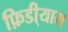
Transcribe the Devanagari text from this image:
फ़िडी्यास